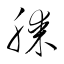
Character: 膝